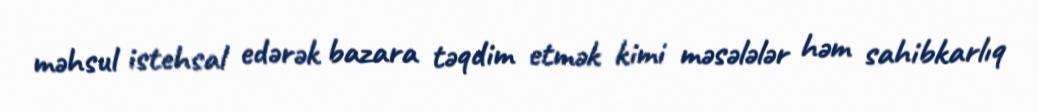
məhsul istehsal edərək bazara təqdim etmək kimi məsələlər həm sahibkarlıq